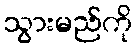
သွားမည်ကို